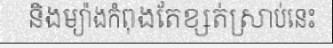
និងម្យ៉ាងកំពុងតែខ្សត់ស្រាប់នេះ